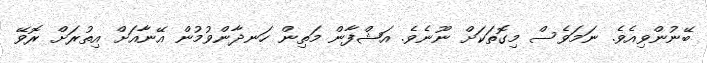
ބޭނުންވިއެވެ. ނަމަވެސް މިގޮތަކަށް ނޫނެވެ. އަޝްފާން މަތިން ހަނދާންވުމުން އޭނާއަށް އިތުރަށް ރޮވޭ